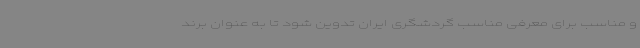
و مناسب برای معرفی مناسب گردشگری ایران تدوین شود تا به عنوان برند